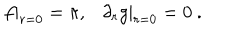
f | _ { r = 0 } = \pi , \ \ \ \partial _ { r } g | _ { r = 0 } = 0 \ .